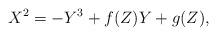
LaTeX: \begin{align*}X^2 = -Y^3+f(Z)Y+g(Z) , \end{align*}